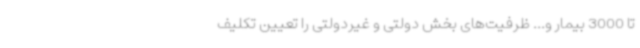
تا 3000 بیمار و... ظرفیت‌های بخش دولتی و غیردولتی را تعیین تکلیف